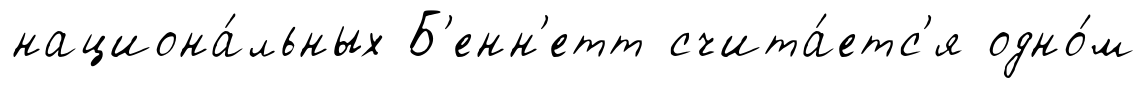
национа́льных Б'енн'етт счита́етс'я одно́м